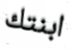
ابنتك